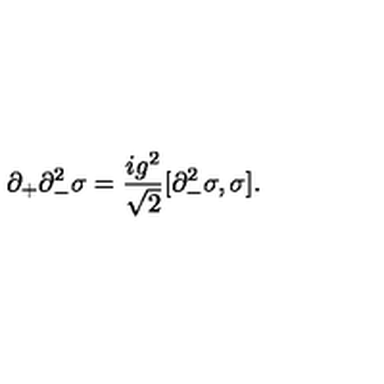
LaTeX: \partial _ { + } \partial _ { - } ^ { 2 } \sigma = { \frac { i g ^ { 2 } } { \sqrt { 2 } } } [ \partial _ { - } ^ { 2 } \sigma , \sigma ] .